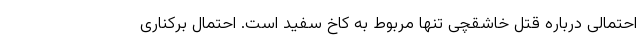
احتمالی درباره قتل خاشقچی تنها مربوط به کاخ سفید است. احتمال برکناری